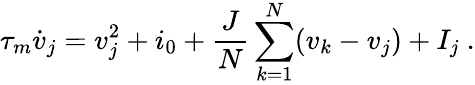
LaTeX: \tau_{m}\dot{v}_{j}=v_{j}^{2}+i_{0}+\frac{J}{N}\sum_{k=1}^{N}(v_{k}-v_{j})+I_{j}\ .